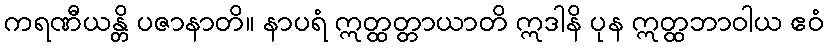
ကရဏီယန္တိ ပဇာနာတိ။ နာပရံ ဣတ္ထတ္တာယာတိ ဣဒါနိ ပုန ဣတ္ထဘာဝါယ ဧဝံ